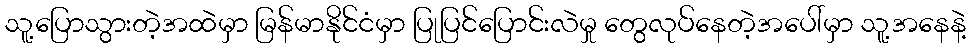
သူ့ပြောသွားတဲ့အထဲမှာ မြန်မာနိုင်ငံမှာ ပြုပြင်ပြောင်းလဲမှု တွေလုပ်နေတဲ့အပေါ်မှာ သူ့အနေနဲ့